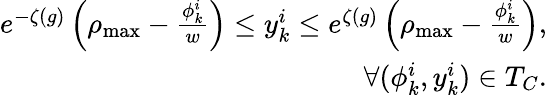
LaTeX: \begin{array}{r}{e^{-\zeta(g)}\left(\rho_{\operatorname*{max}}-\frac{\phi_{k}^{i}}{w}\right)\leq y_{k}^{i}\leq e^{\zeta(g)}\left(\rho_{\operatorname*{max}}-{\frac{\phi_{k}^{i}}{w}}\right),}\\ {\forall(\phi_{k}^{i},y_{k}^{i})\in T_{C}.}\end{array}